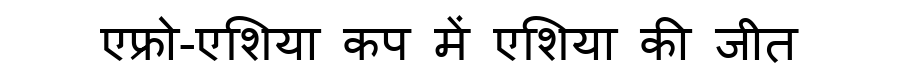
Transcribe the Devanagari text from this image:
एफ्रो-एशिया कप में एशिया की जीत